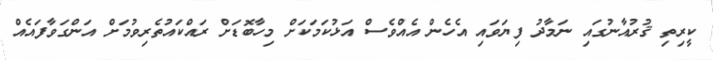
ކީރިތި ޤުރުއާނުގައި ނަމާދު ފިޔަވައި އެހެން އެއްވެސް އަޅުކަމަކަށް މިހާބޮޑަށް ރައްކައުތެރިވުމަށް އަންގަވާފައެއް